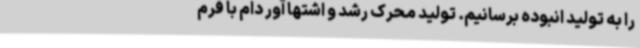
را به تولید انبوده برسانیم. تولید محرک رشد و اشتها آور دام با فرم